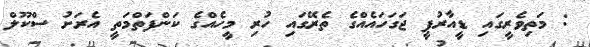
: މަތިވެރީގައި ޑީއާރުޕީ ޖަގަހައެއްގެ ތެރޭގައި ހުރި މީހެއްގެ ކަންފަތްމަތީ އެރަށު ސްކޫލް